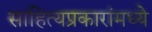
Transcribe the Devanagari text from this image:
साहित्यप्रकारांमध्ये